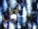
احاول